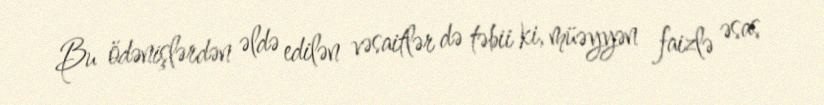
Bu ödənişlərdən əldə edilən vəsaitlər də təbii ki, müəyyən faizlə əsas